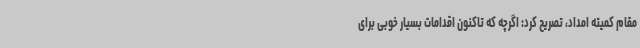
مقام کمیته امداد، تصریح کرد: اگرچه که تاکنون اقدامات بسیار خوبی برای